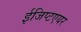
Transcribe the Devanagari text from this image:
ईजिप्टएयर